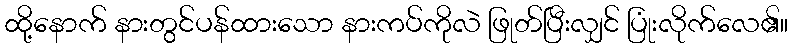
ထို့နောက် နားတွင်ပန်ထားသော နားကပ်ကိုလဲ ဖြုတ်ပြီးလျှင် ပြုံးလိုက်လေ၏။